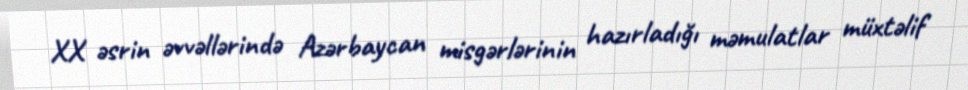
XX əsrin əvvəllərində Azərbaycan misgərlərinin hazırladığı məmulatlar müxtəlif